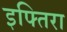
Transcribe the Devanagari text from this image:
इफ्तिरा